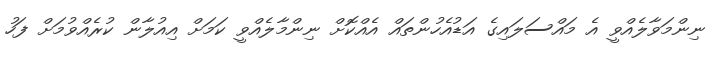
ނިންމަވާލެއްވީ އެ މައްސަލައިގެ އަޑުއެހުންތައް އެއްކޮށް ނިންމާލެއްވީ ކަމަށް އިއުލާން ކުރެއްވުމަށް ފަހު